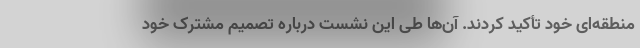
منطقه‌ای خود تأکید کردند. آن‌ها طی این نشست درباره تصمیم مشترک خود